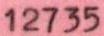
12735